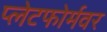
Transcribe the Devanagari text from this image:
प्लेटफोर्मवर